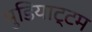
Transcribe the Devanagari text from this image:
मुडियाट्टम